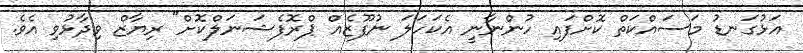
އަޅުގަނޑު މަސައްކަތް ކޮށްފައި ހުންނާނީ އެކަހަލަ ނުފޫޒެއް ޕްރޮފެޝަނަލްކޮށް" ރިޔާޒް ވިދާޅުވި އެވެ.